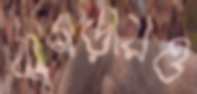
ঝগড়ায়ও